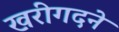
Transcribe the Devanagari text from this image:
खरीगदने